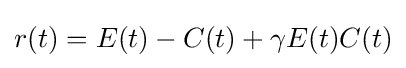
r(t)=E(t)-C(t)+\gamma E(t)C(t)